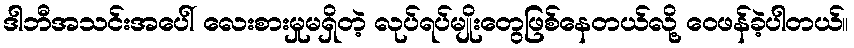
ဒါဘီအသင်းအပေါ် လေးစားမှုမရှိတဲ့ လုပ်ရပ်မျိုးတွေဖြစ်နေတယ်လို့ ဝေဖန်ခဲ့ပါတယ်။